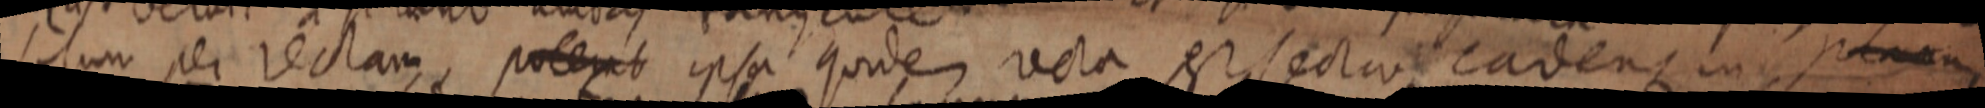
solum per rectam, potent ipsa quidem recta est sectio cadens in planum